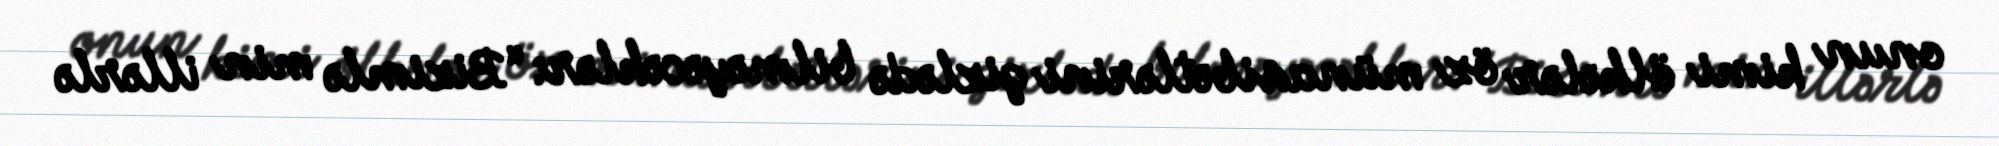
onun kimi ölkələr öz münasibətlərini gizlədə bilməyəcəklər: “Bizimlə min illərlə